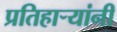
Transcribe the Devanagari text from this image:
प्रतिहार्‍यांनी